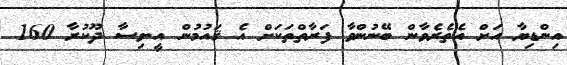
އިންޑިޔާ އަށް އެތެރެވާން ބޭނުންވާ ފަރާތްތަކަށް އެ ޤައުމުން އީ-ވިސާ ދޫކުރާ 160